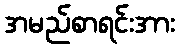
အမည်စာရင်းအား